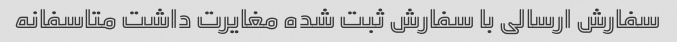
سفارش ارسالی با سفارش ثبت شده مغایرت داشت متاسفانه